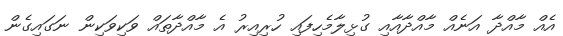
އެއް މާއްދާ އަނެއް މާއްދާއާއި ގުޅިލާމެހިފައި ހުރިއިރު އެ މާއްދާތައް ވަކިވަކިން ނަގައިގެން